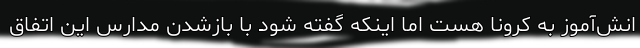
انش‌آموز به کرونا هست اما اینکه گفته شود با بازشدن مدارس این اتفاق